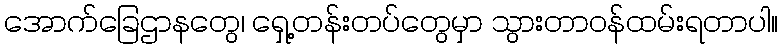
အောက်ခြေဌာနတွေ၊ ရှေ့တန်းတပ်တွေမှာ သွားတာဝန်ထမ်းရတာပါ။